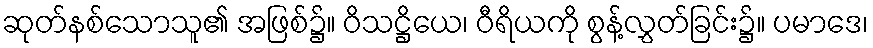
ဆုတ်နစ်သောသူ၏ အဖြစ်၌။ ဝိသဋ္ဌိယေ၊ ဝီရိယကို စွန့်လွှတ်ခြင်း၌။ ပမာဒေ၊